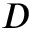
D